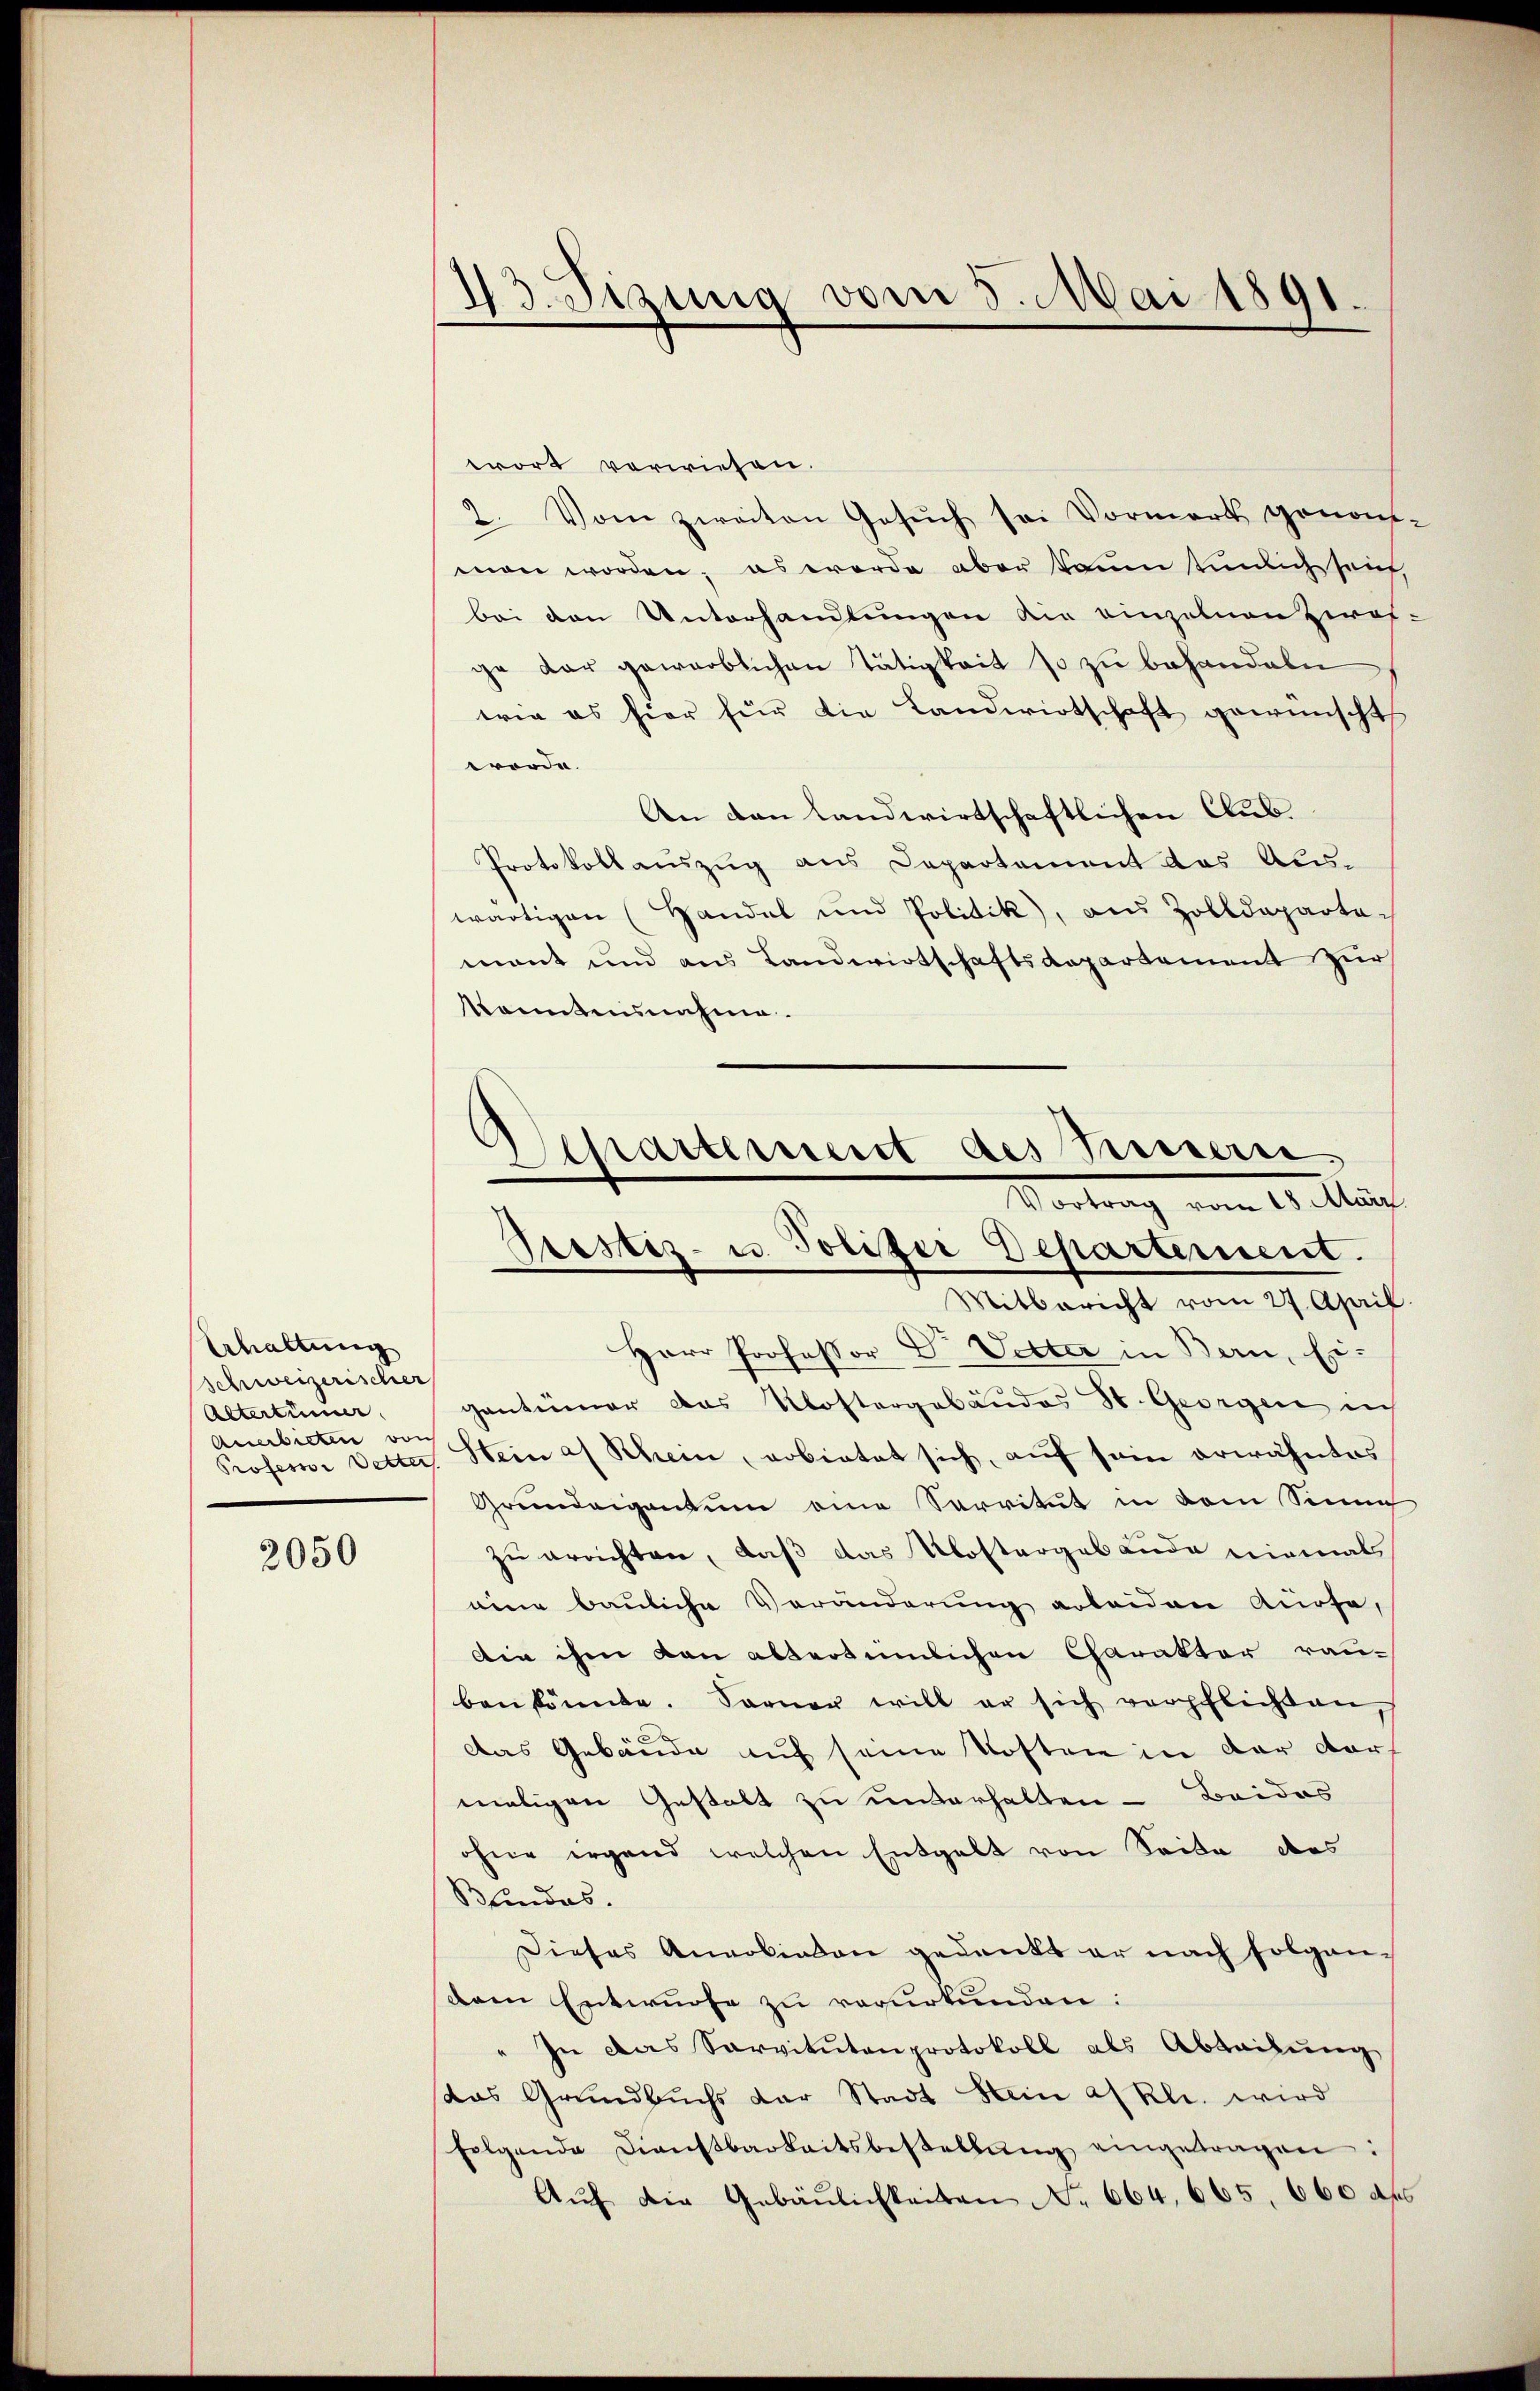
Schaltung
schweizerischer
Altertümer
Professor Detter

2050

43. Sizung vom 5. Mai 1891.

wort vorwiesen.
2. Vom zweiten Gesŭch sei Vormerk genom-
man worden; es werde aber kaum tümlich sei,
bei den Unterhandlungen die einzelnen zwos-
ge dar gewerblichen Tätigkeit so zu behandeln
wie es hier für die Landwirtschaft gewünscht
worde.
An den Landwirtschaftlichen Aus¬
Protokollauszug aus Departement das Aus-
wärtigen (Handel und Politik, aus Zolldepartemant und aus Landwirtschaftsdepartement zur
konntensnahme.

Mitbericht vom 27. April.
Herr Professor Dr. Vetter in Bern, Ei-
gantiimer das Klostergebäudes St. Georgen in
anerbieten von Stein af Schein, erbietet sich, auf sein erwähntes
Grundeigentum eine Servitut in dem Sinne
zu errichten, daß das Klostergebäude niemals
eine bauliche Veränderung erleiden Ausse,
din ihm von altertümlichen Charakter rau-
ben könnte. Ferner will er sich verpflichten,
Das Gebäude auf seine Kosten in der dormaligen Gestalt zu unterhalten - Beides
ohne irgend welchen Entgelt von Seite des
Bundes.
Dieses Anerbinden gedankt er nach folgendam Entwurfe zu verurkunden:
In das Servitŭtenprotokoll als Abteilŭng
das Grundbuchs der Stadt Hein af Kl. wird
folgende Dienstbarkeitsbestellŭng eingetragen:
Aŭf die Gebäŭlichkeiten No 664, 665. 660 des

hartement des Preisern
Vortrag vom 19. Aus
Prostiz- u. Politer Departement.